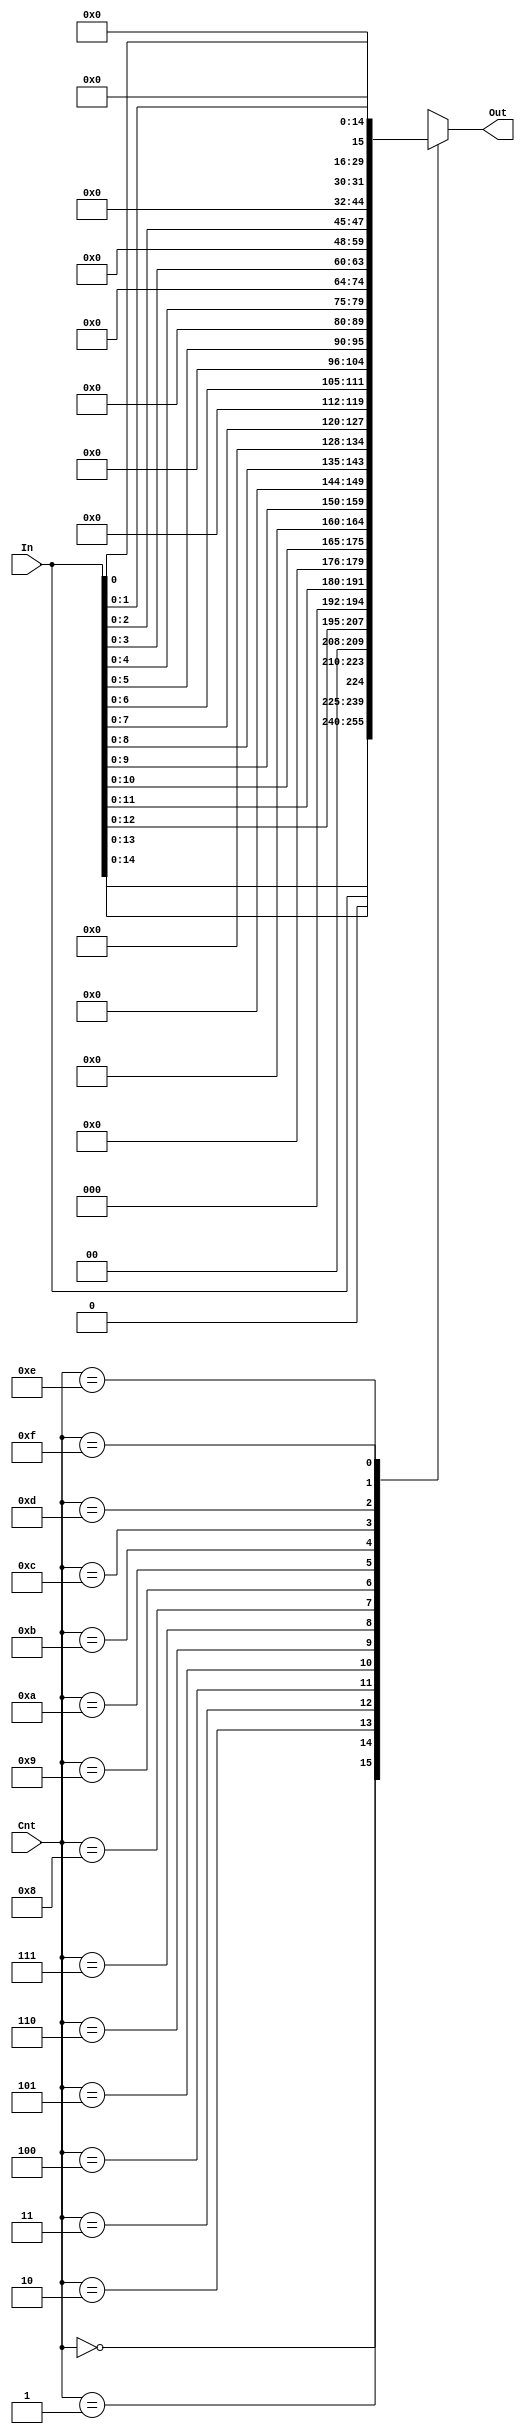
module shiftLeft (In, Cnt, Out);

   // declare constant for size of inputs, outputs (N) and # bits to shift (C)
   parameter   N = 16;
   parameter   C = 4;

   input [N-1:0]   In;
   input [C-1:0]   Cnt;
   reg [N-1:0] intermediate;
   output [N-1:0]  Out;

   always @* case(Cnt)
   	4'b0000: intermediate = In;
   	4'b0001: intermediate = {In[14:0],1'b0};
  	4'b0010: intermediate = {In[13:0],2'b0};
  	4'b0011: intermediate = {In[12:0],3'b0};
  	4'b0100: intermediate = {In[11:0],4'b0};
  	4'b0101: intermediate = {In[10:0],5'b0};
  	4'b0110: intermediate = {In[9:0],6'b0};
  	4'b0111: intermediate = {In[8:0],7'b0};
  	4'b1000: intermediate = {In[7:0],8'b0};
  	4'b1001: intermediate = {In[6:0],9'b0};
  	4'b1010: intermediate = {In[5:0],10'b0};
  	4'b1011: intermediate = {In[4:0],11'b0};
   	4'b1100: intermediate = {In[3:0],12'b0};
   	4'b1101: intermediate = {In[2:0],13'b0};
  	4'b1110: intermediate = {In[1:0],14'b0};
  	4'b1111: intermediate = {In[0],15'b0};
	default: intermediate = In;
   endcase
   assign Out = intermediate;


endmodule